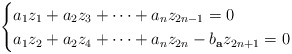
\begin{align*} \begin{cases} a_{1} z_1 +a_2 z_3 + \cdots + a_{n} z_{2n-1}=0 & \\ a_{1} z_2+ a_2 z_4 + \cdots +a_{n} z_{2n}- b_{\mathbf a}z_{2n+1}=0 \end{cases} \end{align*}